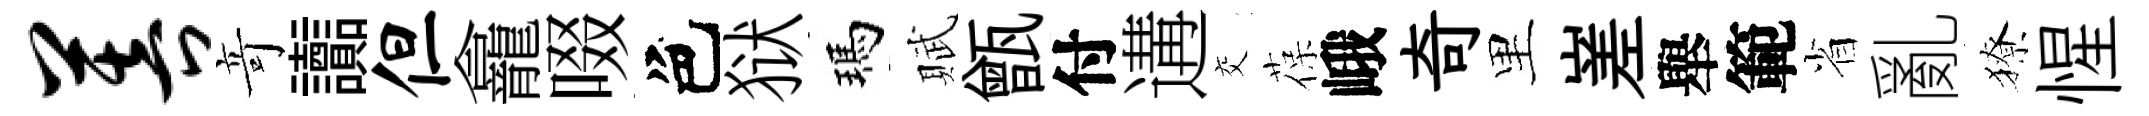
菩竒讟但龕啜色狱瑪賦甑付遘交葆峨奇里嵳舉範省亂獠惺